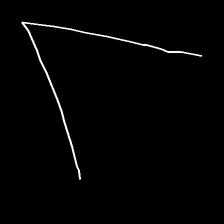
Glyph: region